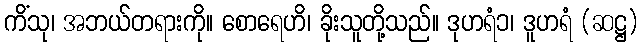
ကိံသု၊ အဘယ်တရားကို။ စောရေဟိ၊ ခိုးသူတို့သည်။ ဒုဟရံ၁၊ ဒူဟရံ (ဆဋ္ဌ)